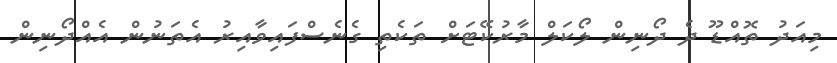
މިއަދު ތޮއްޑޫ ދެ ދޯނިން ލޯކަލް މާރުކޭޓަށް ތަކެތި ގެނެސްފައިވާއިރު އެތަނުން އެއްދޯނިން